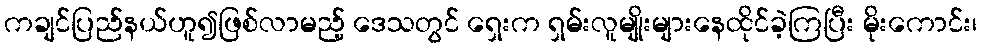
ကချင်ပြည်နယ်ဟူ၍ဖြစ်လာမည့် ဒေသတွင် ရှေးက ရှမ်းလူမျိုးများနေထိုင်ခဲ့ကြပြီး မိုးကောင်း၊